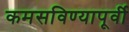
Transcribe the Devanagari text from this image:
कमसविण्यापूर्वी